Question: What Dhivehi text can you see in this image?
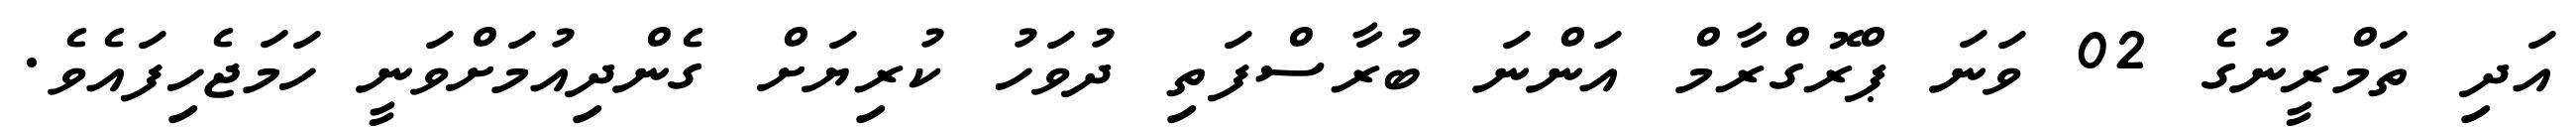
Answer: އަދި ތަމްރީނުގެ 02 ވަނަ ޕްރޮގްރާމް އަންނަ ބުރާސްފަތި ދުވަހު ކުރިޔަށް ގެންދިއުމަށްވަނީ ހަމަޖެހިފައެވެ.